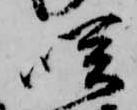
咲